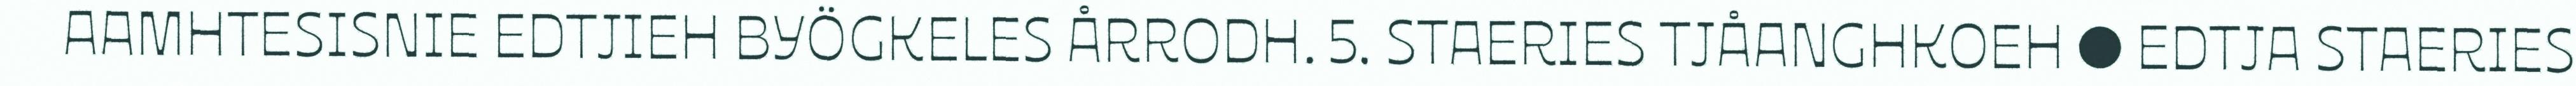
AAMHTESISNIE EDTJIEH BYÖGKELES ÅRRODH. 5. STAERIES TJÅANGHKOEH ● EDTJA STAERIES